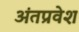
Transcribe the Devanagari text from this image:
अंतप्रवेश